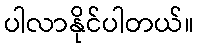
ပါလာနိုင်ပါတယ်။